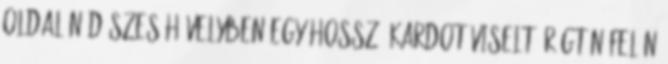
oldalán díszes hüvelyben egy hosszú kardot viselt. Rögtön felén